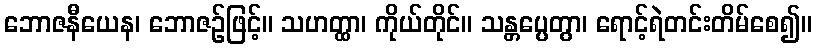
ဘောဇနီယေန၊ ဘောဇဉ်ဖြင့်။ သဟတ္ထာ၊ ကိုယ်တိုင်။ သန္တပ္ပေတွာ၊ ရောင့်ရဲတင်းတိမ်စေ၍။